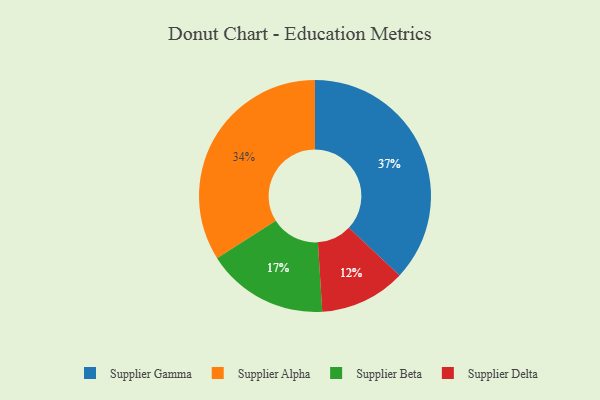
{"axis": {"x": "Category", "y": "Percentage"}, "legend": ["Supplier Alpha", "Supplier Beta", "Supplier Delta", "Supplier Gamma"], "data": [{"x": "Supplier Delta", "y": 12, "type": "Supplier Delta"}, {"x": "Supplier Alpha", "y": 34, "type": "Supplier Alpha"}, {"x": "Supplier Beta", "y": 17, "type": "Supplier Beta"}, {"x": "Supplier Gamma", "y": 37, "type": "Supplier Gamma"}]}